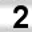
Digit: 2